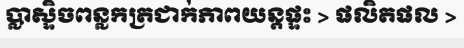
ប្លាស្ទិចពន្លកត្រជាក់ភាពយន្តផ្ទះ > ផលិតផល >